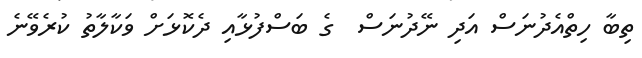
ތިބާ ހިތްއެދުނަސް އަދި ނޭދުނަސް  ގެ ބަސްފުޅާއި ދެކޮޅަށް ވަކާލާތު ކުރެވޭނެ